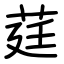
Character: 莛